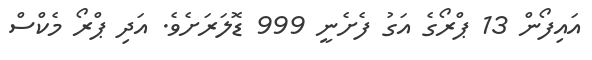
އައިފޯން 13 ޕްރޯގެ އަގު ފެށެނީ 999 ޑޮލަރަށެވެ. އަދި ޕްރޯ މެކްސް